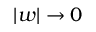
| w | \to 0